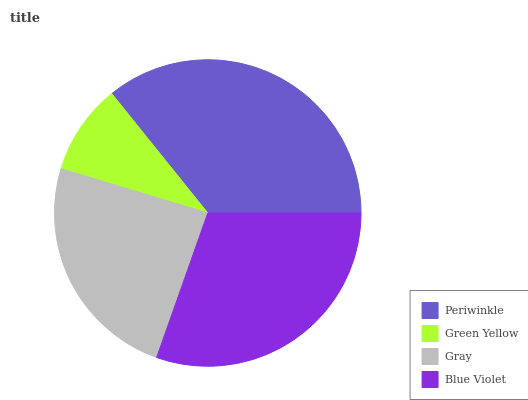
| Periwinkle | Green Yellow | Gray | Blue Violet |
 | --- | --- | --- | --- |
 | 35.8% | 9.55% | 24.2% | 30.4% |